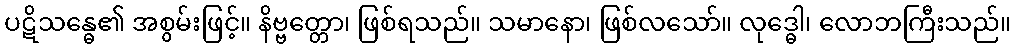
ပဋိသန္ဓေ၏ အစွမ်းဖြင့်။ နိဗ္ဗတ္တော၊ ဖြစ်ရသည်။ သမာနော၊ ဖြစ်လသော်။ လုဒ္ဓေါ၊ လောဘကြီးသည်။